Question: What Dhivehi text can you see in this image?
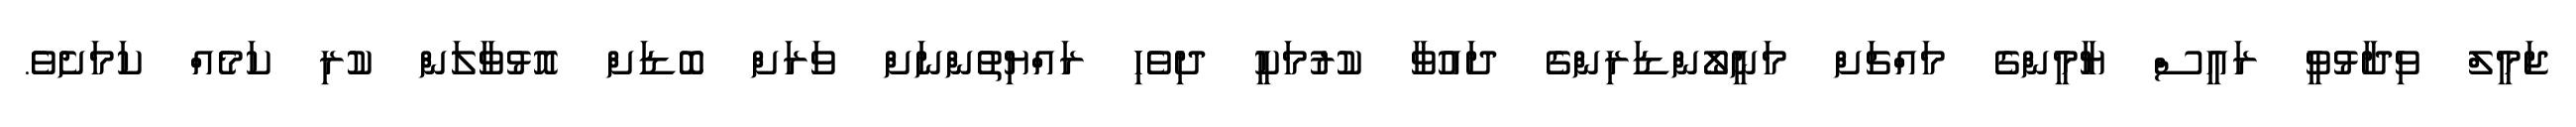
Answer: ޖަމީލް ވިދާޅުވީ ރައީސް ޔާމީންގެ މައްޗަށް މަނީލޯންޑަރިންގެ ދައުވާ ކުރުމަކީ ދިވެހި ރައްޔިތުންނަށް ވަރަށް ބޮޑަށް އޮޅުވާލަން ކުރި ކަމެއް ކަމަށެވެ.